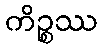
ကိဉ္စဿ